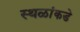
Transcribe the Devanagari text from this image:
स्थळांकडे